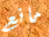
مانع